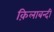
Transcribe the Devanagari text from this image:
क़िलाबन्दी